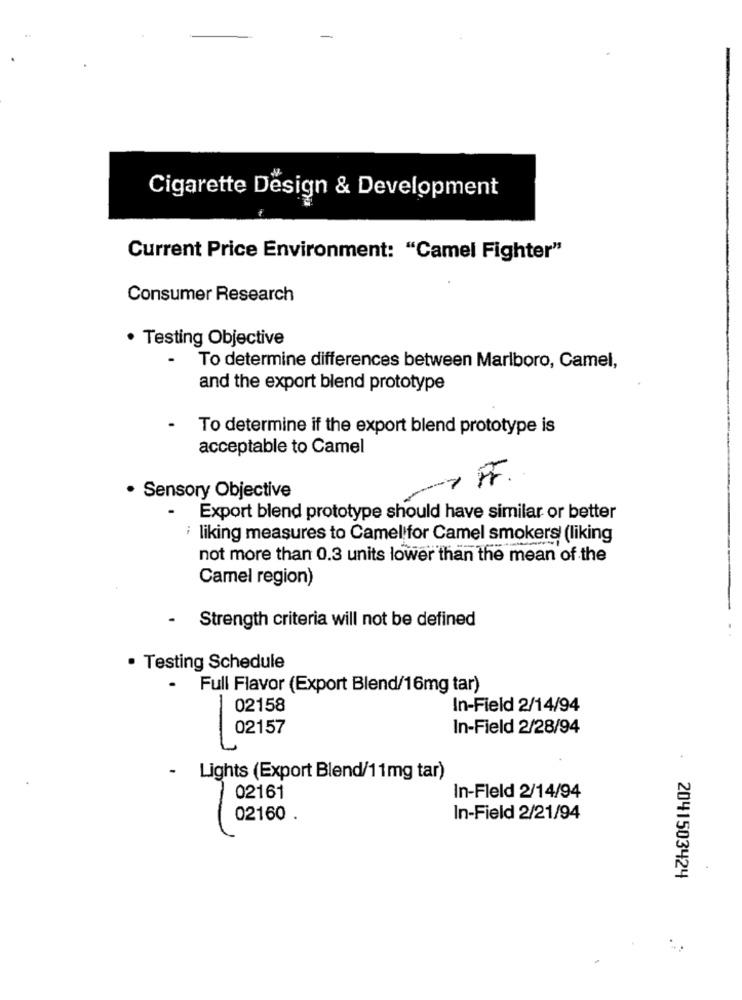
Cigarette Design & Development
Current Price Environment: "Camel Fighter"
Consumer Research
. Testing Objective
To determine differences between Marlboro, Camel,
and the export blend prototype
To determine if the export blend prototype is
acceptable to Camel
- F.
· Sensory Objective
-
Export blend prototype should have similar or better
i liking measures to Camel for Camel smokers (liking
not more than 0.3 units lower than the mean of the
Camel region)
Strength criteria will not be defined
· Testing Schedule
- Full Flavor (Export Blend/16mg tar)
02158
In-Field 2/14/94
02157
In-Field 2/28/94
- Lights (Export Blend/11mg tar)
02161
In-Fleld 2/14/94
02160 .
In-Field 2/21/94
. 2041503424
.